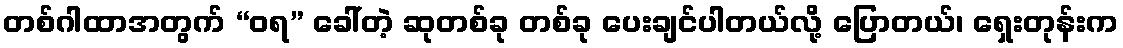
တစ်ဂါထာအတွက် “ဝရ” ခေါ်တဲ့ ဆုတစ်ခု တစ်ခု ပေးချင်ပါတယ်လို့ ပြောတယ်၊ ရှေးတုန်းက